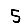
Digit: 5